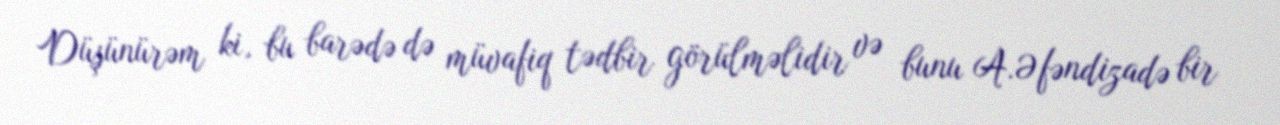
Düşünürəm ki, bu barədə də müvafiq tədbir görülməlidir və bunu A.Əfəndizadə bir